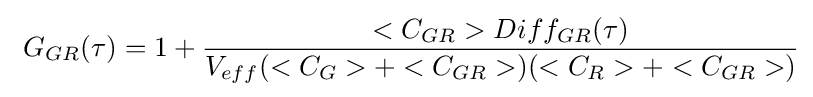
\ G_{GR}(\tau )=1+{\frac {<C_{GR}>Diff_{GR}(\tau )}{V_{eff}(<C_{G}>+<C_{GR}>)(<C_{R}>+<C_{GR}>)}}